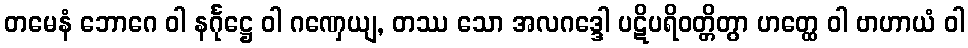
တမေနံ ဘောဂေ ဝါ နင်္ဂုဋ္ဌေ ဝါ ဂဏှေယျ, တဿ သော အလဂဒ္ဒေါ ပဋိပရိဝတ္တိတွာ ဟတ္ထေ ဝါ ဗာဟာယံ ဝါ